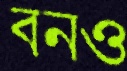
বনও